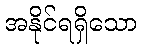
အနိုင်ရရှိသော